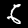
Digit: 6